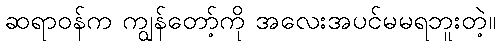
ဆရာဝန်က ကျွန်တော့်ကို အလေးအပင်မမရဘူးတဲ့။